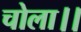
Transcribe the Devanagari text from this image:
चोला।।